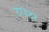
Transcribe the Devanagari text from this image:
टाउटर